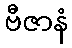
ဗီဇာနံ